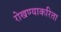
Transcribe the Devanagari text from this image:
रोखण्याकरिता